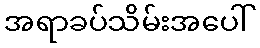
အရာခပ်သိမ်းအပေါ်